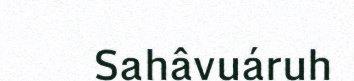
Sahâvuáruh